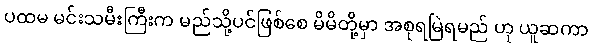
ပထမ မင်းသမီးကြီးက မည်သို့ပင်ဖြစ်စေ မိမိတို့မှာ အစုရမြဲရမည် ဟု ယူဆကာ